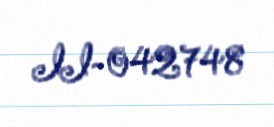
II-042748